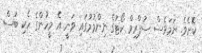
ކޮށެވެ. ނަމަވެސް ސުޕްރިމް ކޯޓުގެ ނިންމުމުގައި ވަނީ އެ މީހުންގެ ހެކި ބަސް